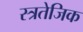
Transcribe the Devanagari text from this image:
स्त्रतेजिक